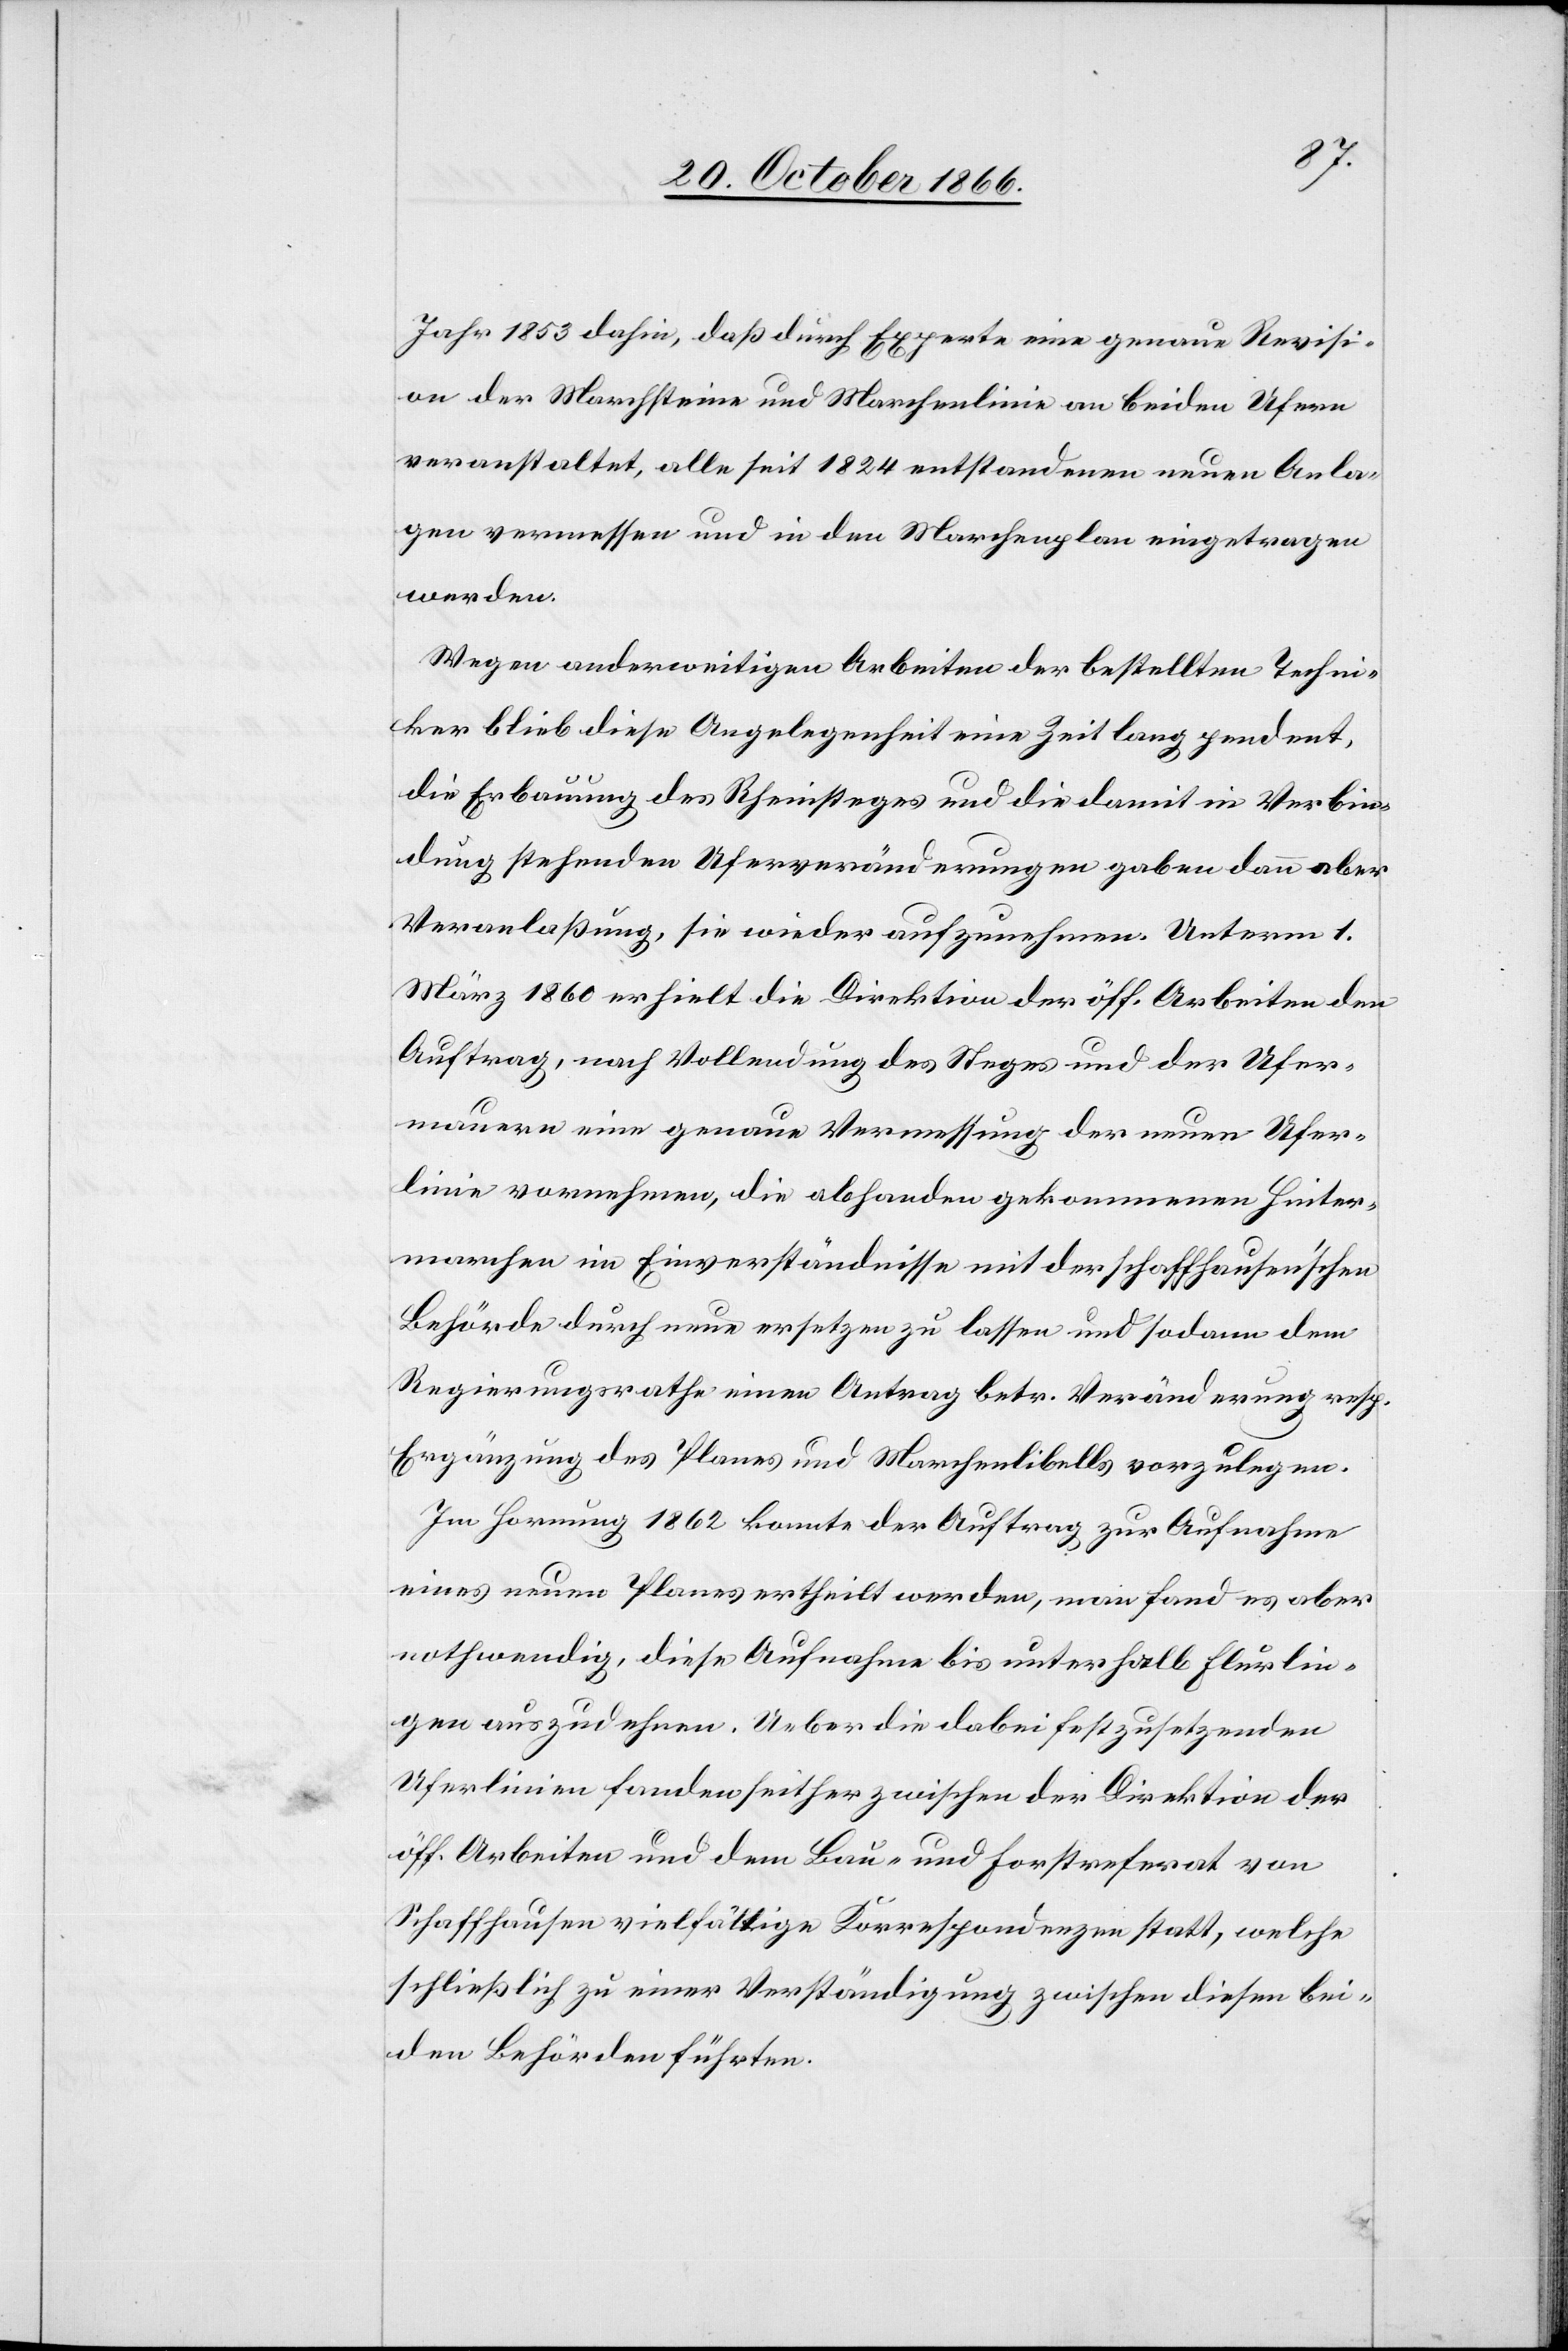
Jahr 1853 dahin, daß durch Experte eine genaue Revisi¬
on der Marchsteine und Marchenlinie an beiden Ufern
veranstaltet, alle seit 1824 entstandenen neuen Anla¬
gen vermessen und in den Marchenplan eingetragen
werden.
Wegen anderweitigen Arbeiten der bestellten Techni¬
ker blieb diese Angelegenheit eine Zeit lang pendent,
die Erbauung des Rheinsteges und die damit in Verbin¬
dung stehenden Uferveränderungen gaben dann aber
Veranlaßung, sie wieder aufzunehmen. Unterm 1.
März 1860 erhielt die Direktion der öff. Arbeiten den
Auftrag, nach Vollendung des Steges und der Ufer¬
mauern eine genaue Vermessung der neuen Ufer¬
linie vornehmen, die abhanden gekommenen Hinter¬
marchen im Einverständnisse mit der schaffhausen’schen
Behörde durch neue ersetzen zu lassen und sodann dem
Regierungsrathe einen Antrag betr. Veränderung resp.
Ergänzung des Planes und Marchenlibells vorzulegen.
Im Hornung 1862 konnte der Auftrag zur Aufnahme
eines neuen Planes ertheilt werden, man fand es aber
nothwendig, diese Aufnahme bis unterhalb Flurlin¬
gen auszudehnen. Ueber die dabei festzusetzenden
Uferlinien fanden seither zwischen der Direktion der
öff. Arbeiten und dem Bau- und Forstreferat von
Schaffhausen vielfältige Korrespondenzen statt, welche
schließlich zu einer Verständigung zwischen diesen bei¬
den Behörden führten.